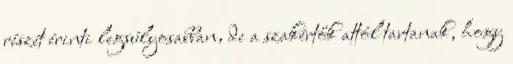
részét érinti legsúlyosabban, de a szakértők attól tartanak, hogy